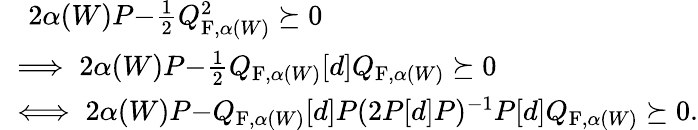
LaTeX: \begin{array}{rl}&{2\alpha(W)P{-}\frac{1}{2}Q_{\textup{F},\alpha(W)}^{2}\succeq 0}\\ &{\! \! \! \! \implies 2\alpha(W)P{-}\frac{1}{2}Q_{\textup{F},\alpha(W)}[d]Q_{\textup{F},\alpha(W)}\succeq 0}\\ &{\! \! \! \! \iff 2\alpha(W)P{-}Q_{\textup{F},\alpha(W)}[d]P(2P[d]P)^{-1}P[d]Q_{\textup{F},\alpha(W)}\succeq 0.}\end{array}